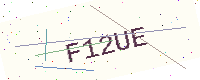
Text: F12UE